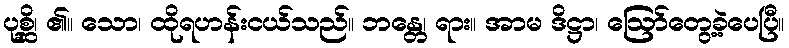
ပုစ္ဆိ၊ ၏။ သော၊ ထိုရဟန်းငယ်သည်။ ဘန္တေ၊ ရား။ အာမ ဒိဋ္ဌာ၊ ဩော်တွေ့ခဲ့ပေပြီ။